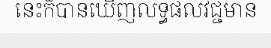
នេះក៏បានឃើញលទ្ធផលវិជ្ជមាន